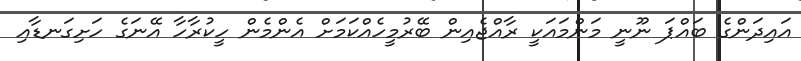
އައިދަންގެ ބައްޕަ ނޫނީ މަންމައަކީ ރާއްޖެއިން ބޭރުމީހެއްކަމަށް އެންމެން ހީކުރާހާ އޭނަގެ ހަށިގަނޑާއި